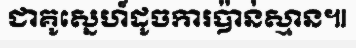
ជាគូស្នេហ៍ដូចការប៉ាន់ស្មាន៕